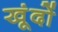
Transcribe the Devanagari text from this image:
खूंदों